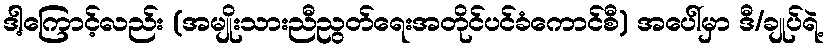
ဒါ့ကြောင့်လည်း (အမျိုးသားညီညွတ်ရေးအတိုင်ပင်ခံကောင်စီ) အပေါ်မှာ ဒီ/ချုပ်ရဲ့